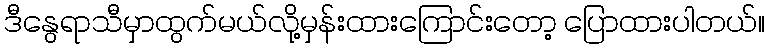
ဒီနွေရာသီမှာထွက်မယ်လို့မှန်းထားကြောင်းတော့ ပြောထားပါတယ်။